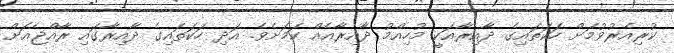
ކުރިއެރުވުމަށް ހަކަތައިގެ ދާއިރާއަކީ މުހިއްމު ދާއިރާއެއް ކަމަށެވެ. އަދި ހަކަތައިގެ ދާއިރާގައި ރާއްޖެއަށް